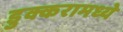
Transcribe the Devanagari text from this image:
डुक्करामध्ये